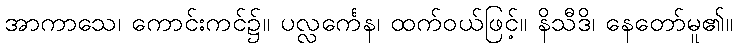
အာကာသေ၊ ကောင်းကင်၌။ ပလ္လင်္ကေန၊ ထက်ဝယ်ဖြင့်။ နိသီဒိ၊ နေတော်မူ၏။